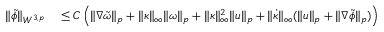
\begin{array} { r l } { \| \tilde { \phi } \| _ { W ^ { 3 , p } } } & { { } \leq C \left( \| \nabla \tilde { \omega } \| _ { p } + \| \kappa \| _ { \infty } \| \omega \| _ { p } + \| \kappa \| _ { \infty } ^ { 2 } \| u \| _ { p } + \| \dot { \kappa } \| _ { \infty } ( \| u \| _ { p } + \| \nabla \tilde { \phi } \| _ { p } ) \right) } \end{array}